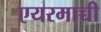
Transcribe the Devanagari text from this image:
एयरमाच्ची